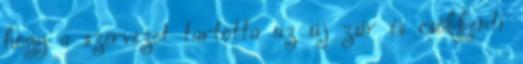
hogy a szervezet tartotta az új zsír és csökkenti